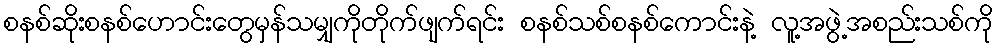
စနစ်ဆိုးစနစ်ဟောင်းတွေမှန်သမျှကိုတိုက်ဖျက်ရင်း စနစ်သစ်စနစ်ကောင်းနဲ့ လူ့အဖွဲ့အစည်းသစ်ကို